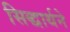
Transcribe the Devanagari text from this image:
सिद्धार्थने